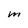
Character: M